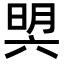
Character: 𣇴